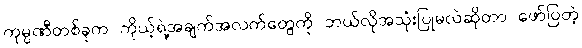
ကုမ္ပဏီတစ်ခုက ကိုယ့်ရဲ့အချက်အလက်တွေကို ဘယ်လိုအသုံးပြုမလဲဆိုတာ ဖော်ပြတဲ့